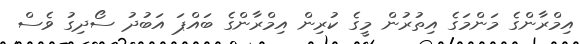
އިމްރާންގެ މަންމަގެ އިތުރުން މީގެ ކުރިން އިމްރާންގެ ބައްޕަ އަބުދު ސޯދިގު ވެސް